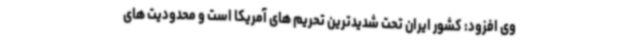
وی افزود: کشور ایران تحت شدیدترین تحریم های آمریکا است و محدودیت های